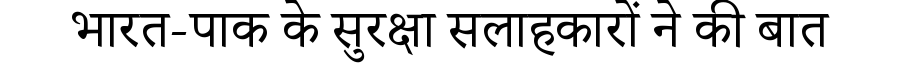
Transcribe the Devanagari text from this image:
भारत-पाक के सुरक्षा सलाहकारों ने की बात